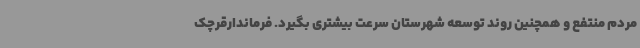
مردم منتفع و همچنین روند توسعه شهرستان سرعت بیشتری بگیرد. فرماندارقرچک